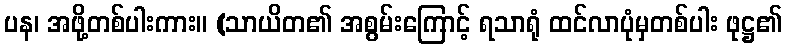
ပန၊ အဖို့တစ်ပါးကား။ (သာယိတ၏ အစွမ်းကြောင့် ရသာရုံ ထင်လာပုံမှတစ်ပါး ဖုဋ္ဌ၏